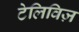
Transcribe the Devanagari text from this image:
टेलिविज़